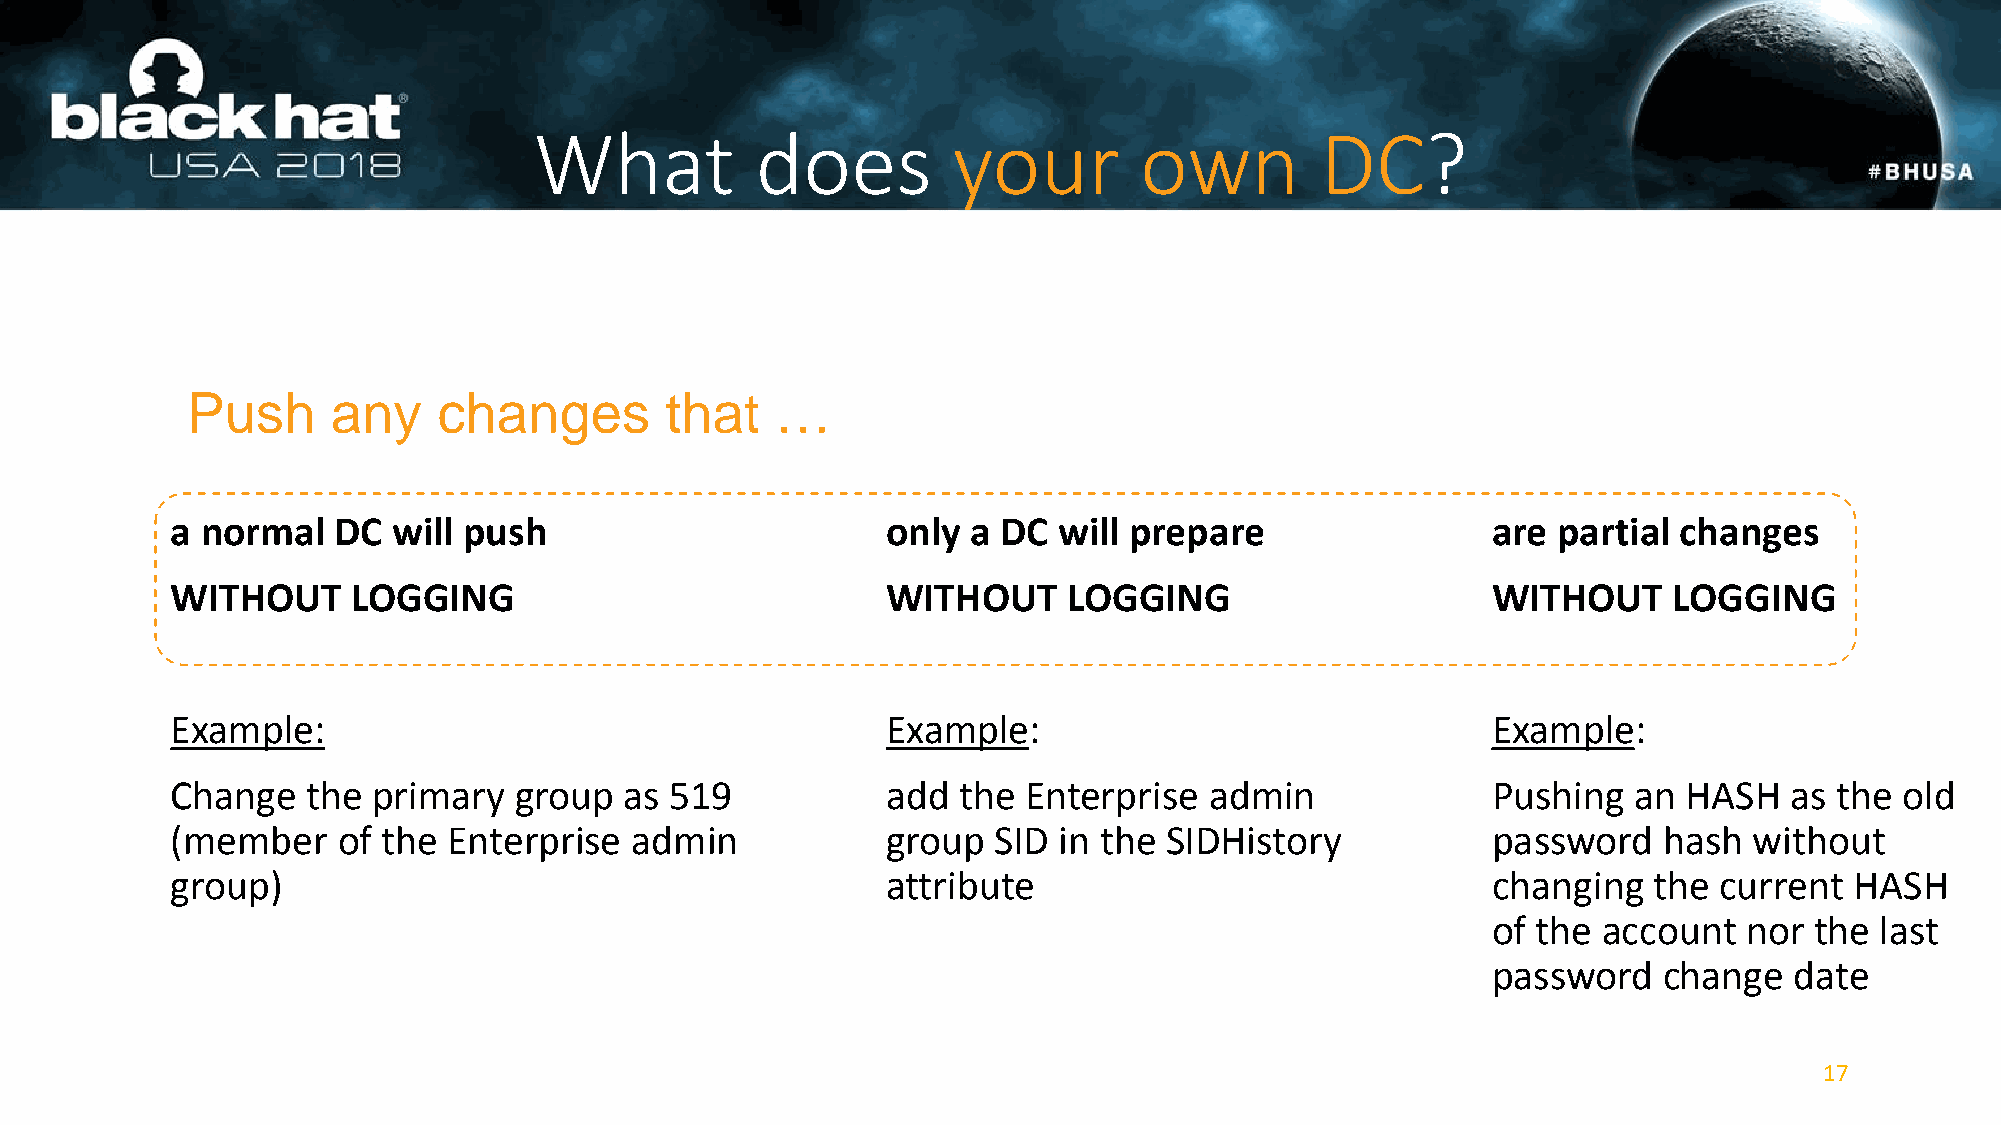
What           does         your        own         DC?
 Push      any    changes        that   …
 a normal   DC  will push                        only a DC  will prepare                 are partial changes
 WITHOUT     LOGGING                             WITHOUT     LOGGING                     WITHOUT     LOGGING
 Example:                                        Example:                                Example:
 Change   the  primary  group  as 519            add the  Enterprise  admin              Pushing  an  HASH  as the  old
 (member    of the  Enterprise  admin            group  SID in the SIDHistory            password   hash  without
 group)                                          attribute                               changing  the  current  HASH
 of the account   nor the last
 password   change   date
 17